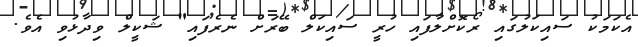
އެކަމަކު ސައިކަލުގައި ރޯކޮށްލާފައި ހުރީ ސައިކަލް ބޭރަށް ނެރެފައި" ޝަކީލް ވިދާޅުވި އެވެ.